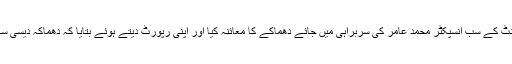
بم ڈسپوزل یونٹ کے سب انسپکٹر محمد عامر کی سربراہی میں جائے دھماکے کا معائنہ کیا اور اپنی رپورٹ دیتے ہوئے بتایا کہ دھماکہ دیسی ساختہ بم کا تھا۔